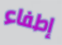
إطفاء